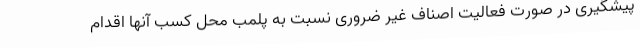
پیشگیری در صورت فعالیت اصناف غیر ضروری نسبت به پلمب محل کسب آنها اقدام